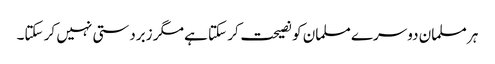
ہر مسلمان دوسرے مسلمان کو نصیحت کر سکتا ہے مگر زبردستی نہیں کر سکتا۔